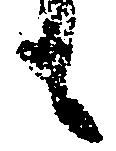
も